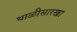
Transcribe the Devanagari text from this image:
थाळीसारखा